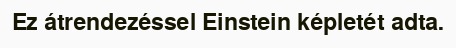
Ez átrendezéssel Einstein képletét adta.